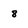
Character: 8